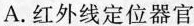
A.红外线定位器官